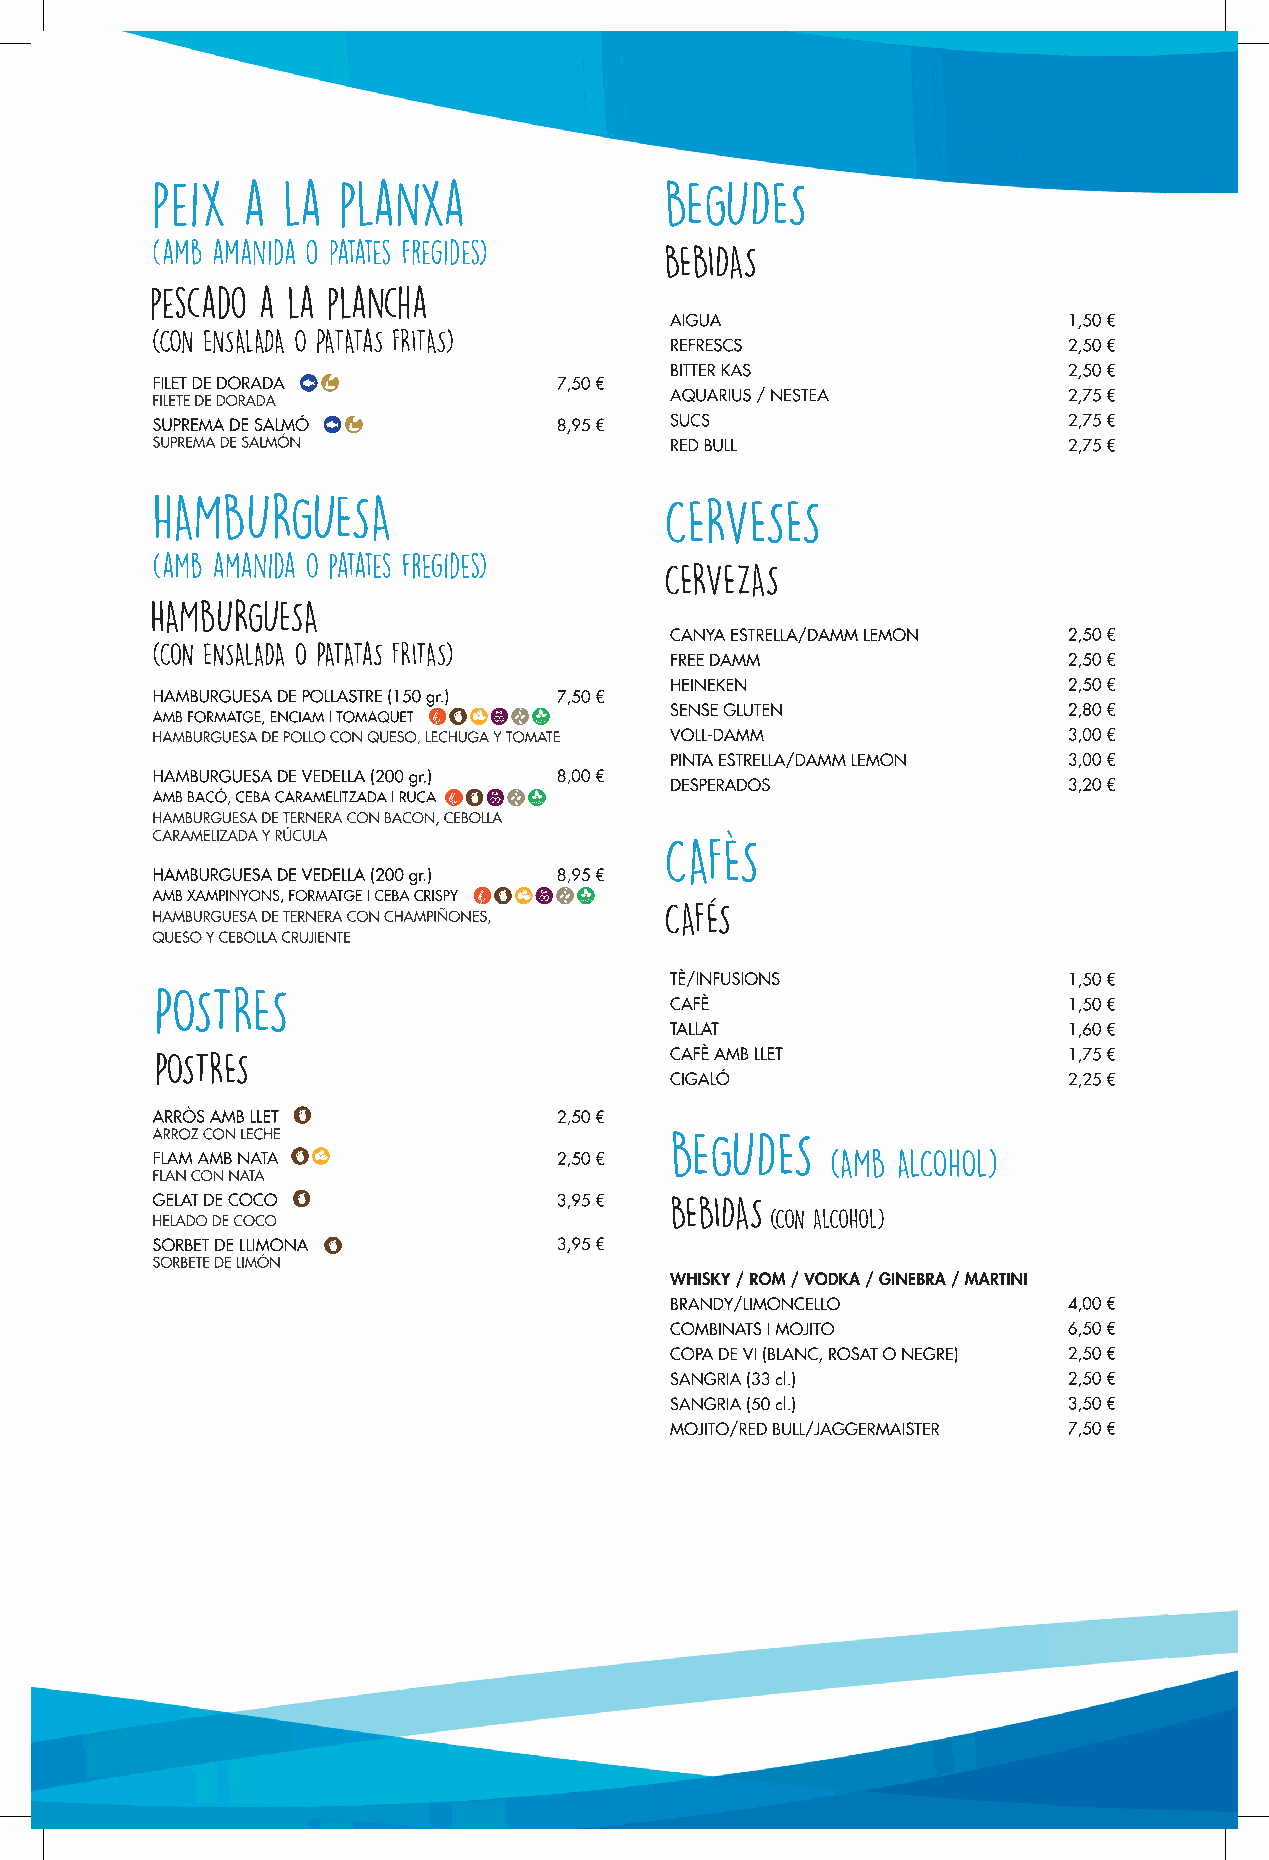
peix  a  la planxa                BEGUDES
 (amb amanida o patates fregides)  BEBIDAS
 pescado a la plancha
 (CON ENSALADA O PATATaS FRITAS)
 CERVESES
 CERVEZAS
 CAFES
 CAFES
 POSTRES
 POSTRES
 BEGUDES
 (AMB ALCOHOL)
 BEBIDAS
 (CON ALCOHOL)